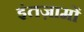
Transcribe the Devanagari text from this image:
इंतज़ामों